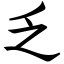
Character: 乏